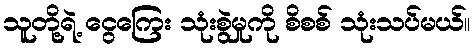
သူတို့ရဲ့ ငွေကြေး သုံးစွဲမှုကို စိစစ် သုံးသပ်မယ်။